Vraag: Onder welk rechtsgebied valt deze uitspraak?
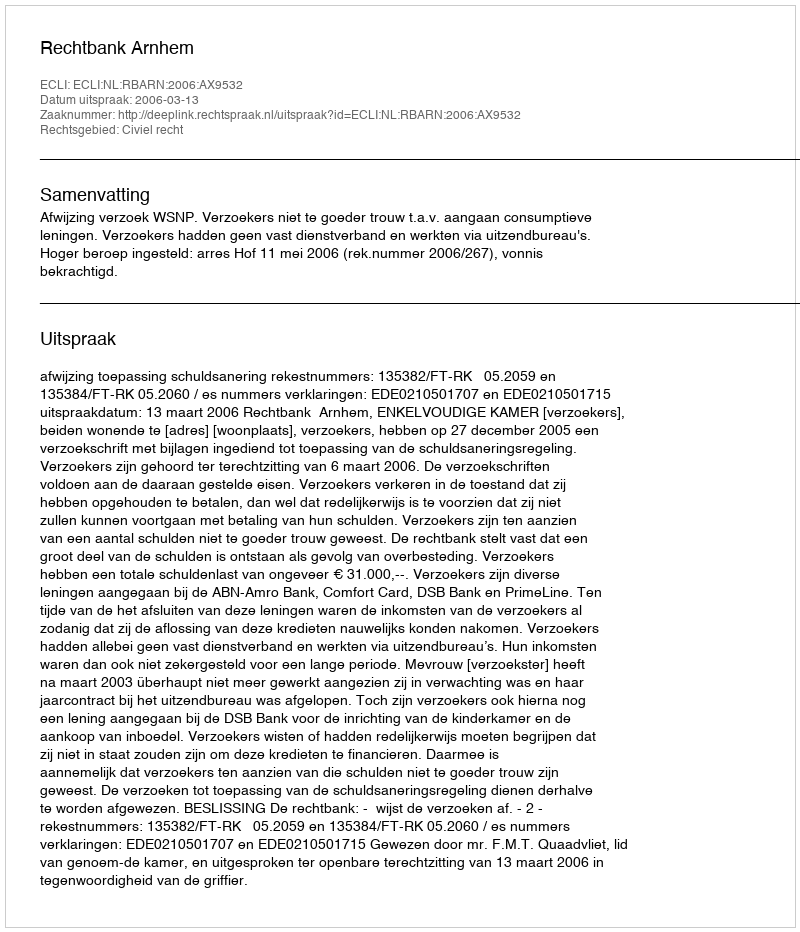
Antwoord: Civiel recht